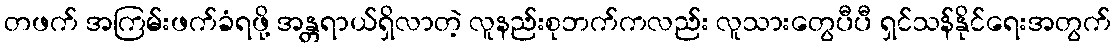
တဖက် အကြမ်းဖက်ခံရဖို့ အန္တရာယ်ရှိလာတဲ့ လူနည်းစုဘက်ကလည်း လူသားတွေပီပီ ရှင်သန်နိုင်ရေးအတွက်